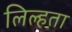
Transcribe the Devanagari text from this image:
लिल्हता